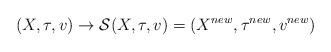
LaTeX: \begin{align*}(X, \tau, v) \rightarrow \mathcal{S} (X, \tau, v) = (X^{new}, \tau^{new}, v^{new} )\end{align*}